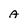
Character: A